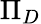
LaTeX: \Pi_{D}